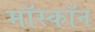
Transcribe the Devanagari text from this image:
मॉस्कॉन